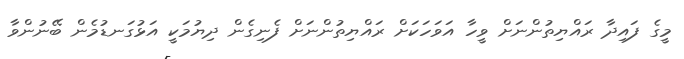
މީގެ ފައިދާ ރައްޔިތުންނަށް ވީހާ އަވަހަކަށް ރައްޔިތުންނަށް ފެނިގެން ދިޔުމަކީ އަޅުގަނޑުމެން ބޭނުންވާ